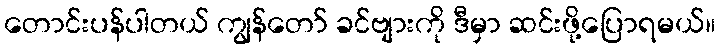
တောင်းပန်ပါတယ် ကျွန်တော် ခင်ဗျားကို ဒီမှာ ဆင်းဖို့ပြောရမယ်။